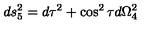
d s _ { 5 } ^ { 2 } = d \tau ^ { 2 } + \cos ^ { 2 } \tau d \Omega _ { 4 } ^ { 2 }